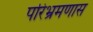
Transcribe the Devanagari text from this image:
परिभ्रमणास